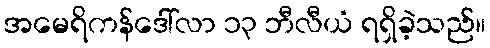
အမေရိကန်ဒေါ်လာ ၁၃ ဘီလီယံ ရရှိခဲ့သည်။